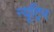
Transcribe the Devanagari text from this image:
न्यूट्रिन